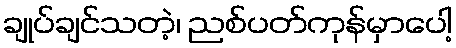
ချုပ်ချင်သတဲ့၊ ညစ်ပတ်ကုန်မှာပေါ့